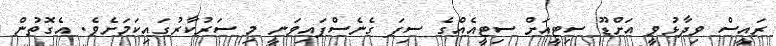
ރައީސް ވިދާޅުވީ އަށްޑޫ ސިޓީއަށް ސިޓީއެއްގެ ސިފަ ގެނެސްފައިވަނީ މި ސަރުކާރުގައިކަމަށެވެ. އެގޮތުން